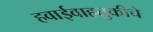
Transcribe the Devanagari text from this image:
हवाईवाहतुकीचे